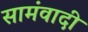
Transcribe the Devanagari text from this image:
सामंवादी